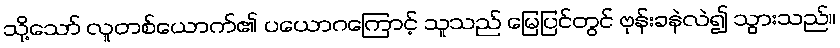
သို့သော် လူတစ်ယောက်၏ ပယောဂကြောင့် သူသည် မြေပြင်တွင် ဗုန်းခနဲလဲ၍ သွားသည်။